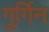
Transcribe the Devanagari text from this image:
गुर्गिन